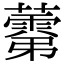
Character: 𧀾